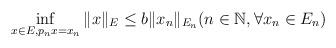
LaTeX: \begin{align*}\inf_{x \in E, p_n x = x_n} \|x\|_E \le b \|x_n\|_{E_n} (n \in \mathbb N, \forall x_n \in E_n)\end{align*}